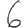
Digit: 6